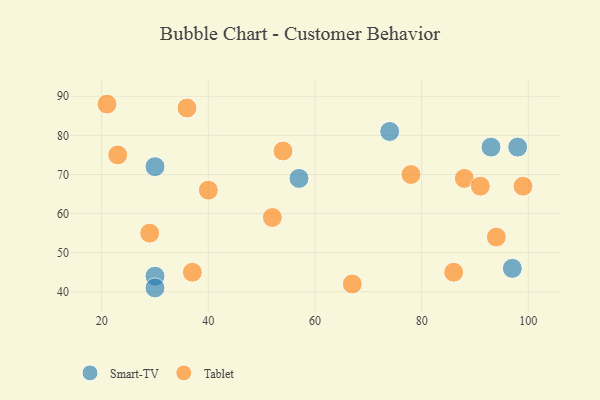
{"axis": {"x": "GDP", "y": "Life Expectancy"}, "legend": ["Smart-TV", "Tablet"], "data": [{"x": "30", "y": 44, "type": "Smart-TV"}, {"x": "97", "y": 46, "type": "Smart-TV"}, {"x": "93", "y": 77, "type": "Smart-TV"}, {"x": "74", "y": 81, "type": "Smart-TV"}, {"x": "30", "y": 72, "type": "Smart-TV"}, {"x": "30", "y": 41, "type": "Smart-TV"}, {"x": "57", "y": 69, "type": "Smart-TV"}, {"x": "98", "y": 77, "type": "Smart-TV"}, {"x": "67", "y": 42, "type": "Tablet"}, {"x": "36", "y": 87, "type": "Tablet"}, {"x": "52", "y": 59, "type": "Tablet"}, {"x": "54", "y": 76, "type": "Tablet"}, {"x": "21", "y": 88, "type": "Tablet"}, {"x": "23", "y": 75, "type": "Tablet"}, {"x": "88", "y": 69, "type": "Tablet"}, {"x": "78", "y": 70, "type": "Tablet"}, {"x": "37", "y": 45, "type": "Tablet"}, {"x": "86", "y": 45, "type": "Tablet"}, {"x": "99", "y": 67, "type": "Tablet"}, {"x": "40", "y": 66, "type": "Tablet"}, {"x": "91", "y": 67, "type": "Tablet"}, {"x": "94", "y": 54, "type": "Tablet"}, {"x": "29", "y": 55, "type": "Tablet"}]}